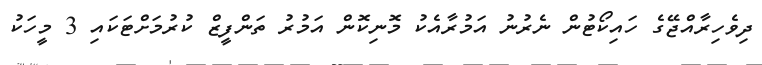
ދިވެހިރާއްޖޭގެ ހައިކޯޓުން ނެރުނު އަމުރާއެކު މޮނިކޮން އަމުރު ތަންފީޒް ކުރުމަށްޓަކައި 3 މީހަކު